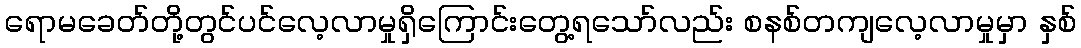
ရောမခေတ်တို့တွင်ပင်လေ့လာမှုရှိကြောင်းတွေ့ရသော်လည်း စနစ်တကျလေ့လာမှုမှာ နှစ်